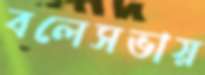
বলেসভায়